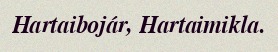
Hartaibojár, Hartaimikla.